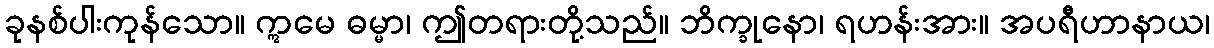
ခုနစ်ပါးကုန်သော။ ဣမေ ဓမ္မာ၊ ဤတရားတို့သည်။ ဘိက္ခုနော၊ ရဟန်းအား။ အပရီဟာနာယ၊